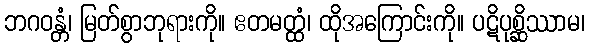
ဘဂဝန္တံ၊ မြတ်စွာဘုရားကို။ ဧတမတ္ထံ၊ ထိုအကြောင်းကို။ ပဋိပုစ္ဆိဿာမ၊